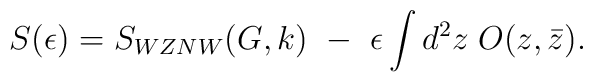
S(\epsilon)=S_{WZNW}(G,k)~-~\epsilon\int d^2z\;O(z,\bar z).